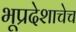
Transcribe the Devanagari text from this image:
भूप्रदेशाचेच